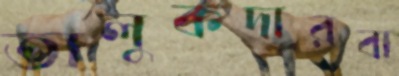
তালুকদারবা